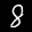
Label: 8